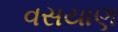
વસયાણ